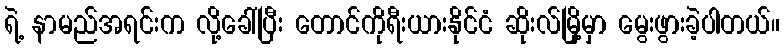
ရဲ့ နာမည်အရင်းက လို့ခေါ်ပြီး တောင်ကိုရီးယားနိုင်ငံ ဆိုးလ်မြို့မှာ မွေးဖွားခဲ့ပါတယ်။